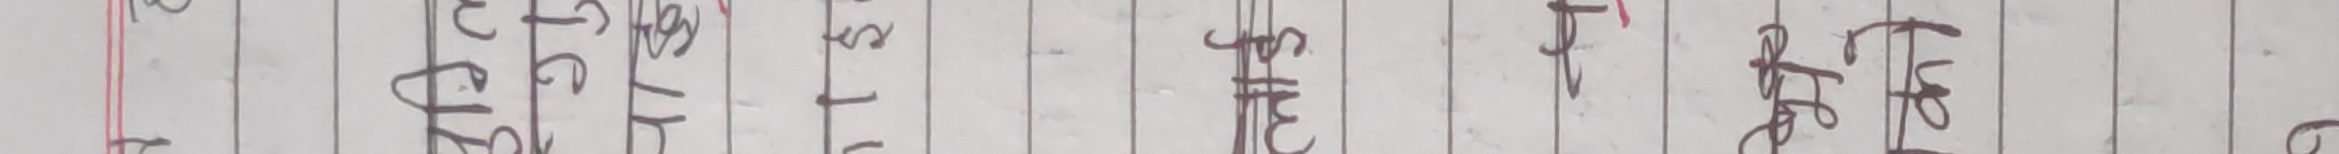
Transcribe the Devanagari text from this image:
श्री हेरिले